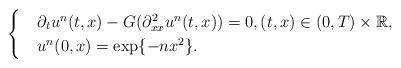
LaTeX: \begin{align*}\begin{cases}&\partial_{t}u^n(t,x)-G(\partial^2_{xx}u^n(t,x))=0, (t,x)\in(0,T)\times \mathbb{R},\\& u^n(0,x)=\exp\{-nx^2\}.\end{cases}\end{align*}